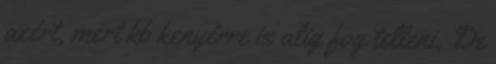
azért, mert kb kenyérre is alig fog telleni. De